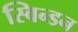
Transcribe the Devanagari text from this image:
स्विन्डन